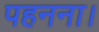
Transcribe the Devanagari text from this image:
पहनना।